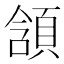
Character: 頷